Annual administration report of the Civil Veterinary Department, Ajmere-Merwara, British Rajputana - 1914-1940
Year: 1914
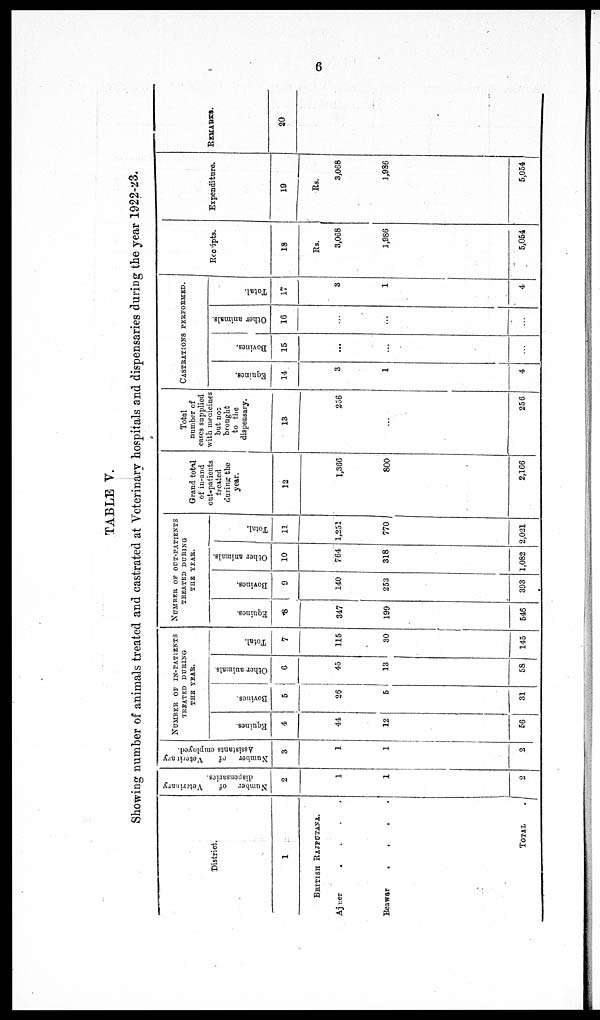
6
TABLE V.
Showing Dumber of animals treated and castrated at Veterinary hospitals and dispensaries during the year 1922-23.
District.
1
BRITISH RAJPUTANA.
Ajmer
.
.
.
.
Beawar
.
.
.
.
TOTAL
.
Number of
Veterinary
dispensaries.
2
1
1
2
Number
of
Veterinary
Assistants employed.
3
1
1
2
NUMBER OF IN-PATIENTS
TREATED DURING
THE YEAR.
Equines.
4
44
12
66
Bovines.
5
26
5
31
Other animals.
6
45
13
58
Total.
7
115
30
145
NUMBER OF OUT-PATIENTS
TREATED DURING
THE YEAR.
Equines.
8
347
199
546
Bovines.
9
140
253
393
Other animals.
10
764
318
1,082
Total.
11
1,252
770
2,021
Grand total
of in-and
out-patients
treated
during the
year.
12
1,366
800
2,166
Total
number of
cases supplied
with medicines
but not
brought
to the
dispensary.
13
236
...
256
CASTRATIONS
PERFORMED
.
Equines.
14
3
1
4
Bovines.
15
...
...
...
Other animals.
16
...
...
...
Total.
17
3
1
4.
Receipts.
18
Rs.
3,068
1,986
5,054
Expenditure
19
Rs.
3,068
1,936
5,054
REMARKS.
20